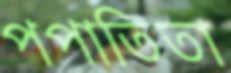
পপাতিতা